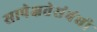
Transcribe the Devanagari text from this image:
सापेक्षतेसंबंधी